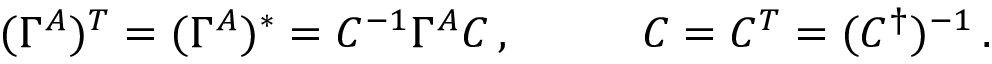
\begin{array} { l l } { { ( \Gamma ^ { A } ) { } ^ { T } = ( \Gamma ^ { A } ) { } ^ { \ast } = { C } ^ { - 1 } \Gamma ^ { A } { C } \, , ~ ~ ~ } } & { { ~ ~ ~ C = C ^ { T } = ( C ^ { \dagger } ) ^ { - 1 } \, . } } \end{array}